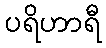
ပရိဟာရီ